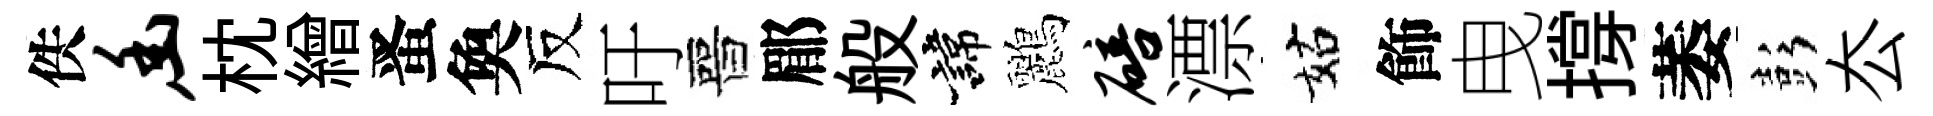
佚幽枕繒󱉠奐反吁晉郿般諱鸝碚漂姑飾曳撐萎彭厺